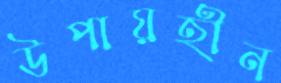
উপায়হীন